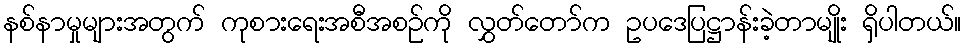
နစ်နာမှုများအတွက် ကုစားရေးအစီအစဉ်ကို လွှတ်တော်က ဥပဒေပြဋ္ဌာန်းခဲ့တာမျိုး ရှိပါတယ်။